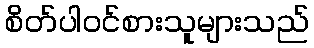
စိတ်ပါဝင်စားသူများသည်